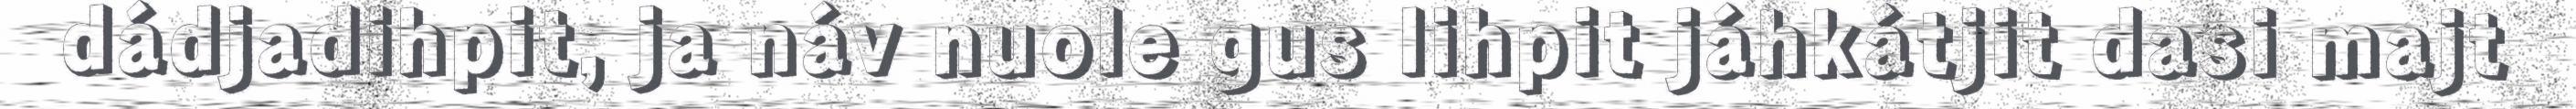
dádjadihpit, ja náv nuole gus lihpit jáhkátjit dasi majt